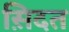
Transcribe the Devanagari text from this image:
स़िदत